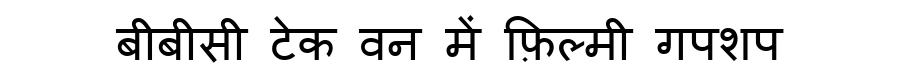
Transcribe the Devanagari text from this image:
बीबीसी टेक वन में फ़िल्मी गपशप